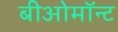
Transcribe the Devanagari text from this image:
बीओमॉन्ट